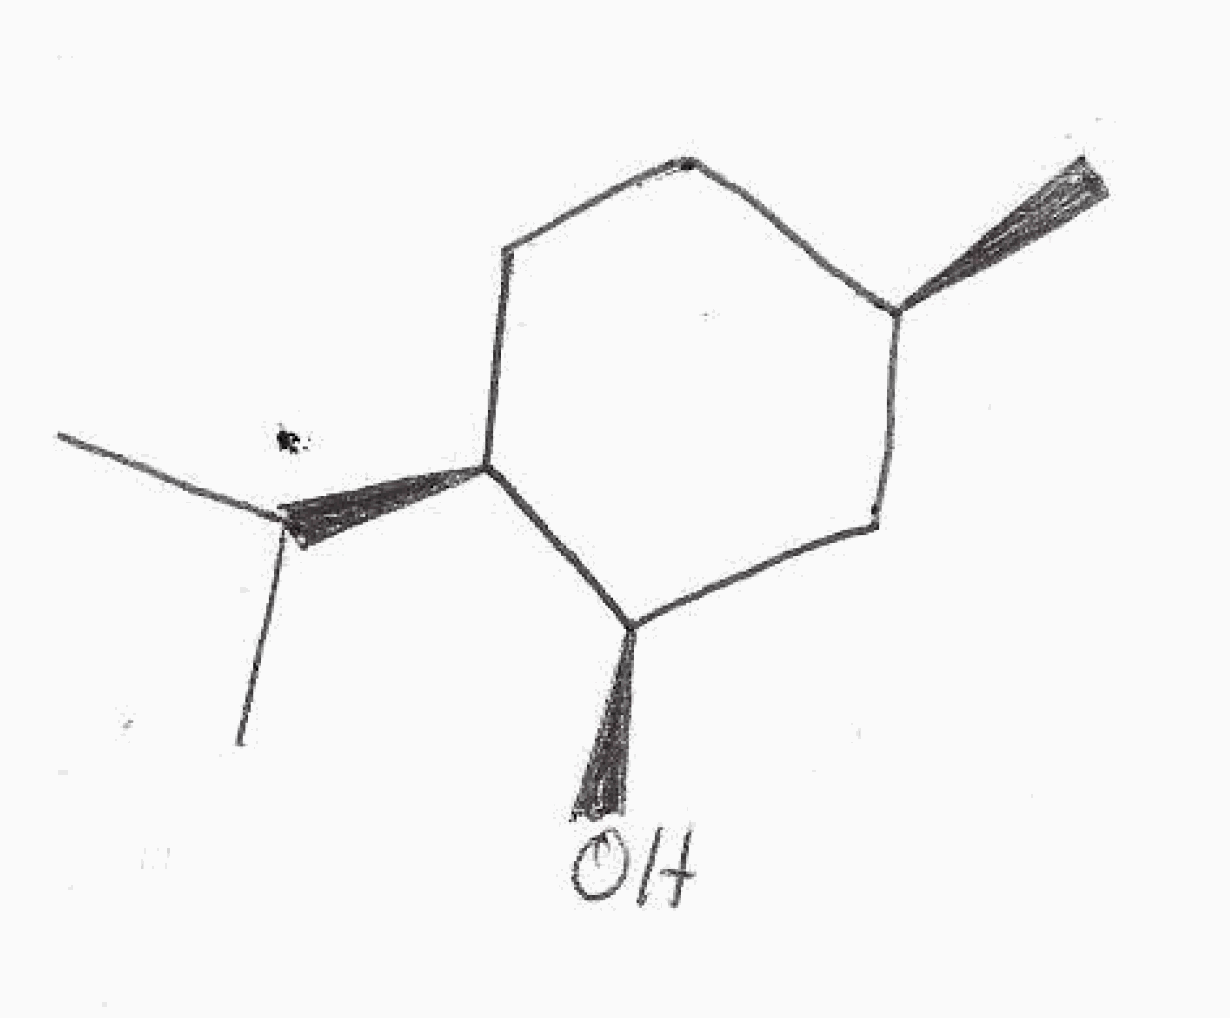
Simplified molecular-input line-entry system (SMILES) notation of the given molecule:
C[C@@H]1CC[C@@H]([C@@H](C1)O)C(C)C